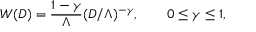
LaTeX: W ( D ) = { \frac { 1 - \gamma } { \Lambda } } ( D / \Lambda ) ^ { - \gamma } , \qquad 0 \leq \gamma \leq 1 ,